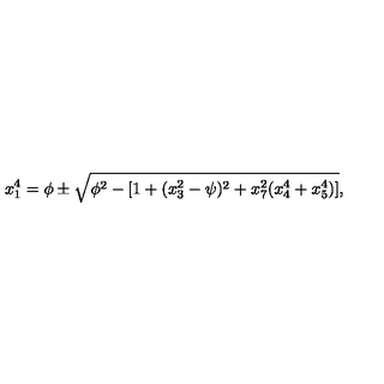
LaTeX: x _ { 1 } ^ { 4 } = \phi \pm \sqrt { \phi ^ { 2 } - \left[ 1 + ( x _ { 3 } ^ { 2 } - \psi ) ^ { 2 } + x _ { 7 } ^ { 2 } ( x _ { 4 } ^ { 4 } + x _ { 5 } ^ { 4 } ) \right] } ,